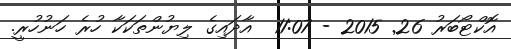
އޮކްޓޯބަރު 26